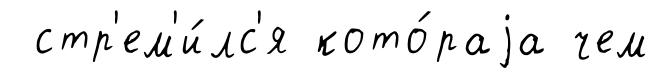
стр'ем'и́лс'я кото́раjа чем